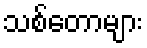
သစ်တောများ